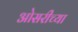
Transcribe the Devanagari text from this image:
ओसरीच्या